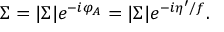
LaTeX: \Sigma = | \Sigma | e ^ { - i \varphi _ { A } } = | \Sigma | e ^ { - i \eta ^ { \prime } / f } .